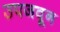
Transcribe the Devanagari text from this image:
उपजवून